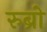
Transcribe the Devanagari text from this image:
रुब्रो